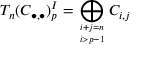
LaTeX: T _ { n } ( C _ { \bullet , \bullet } ) _ { p } ^ { I } = \bigoplus _ { i + j = n \atop i > p - 1 } C _ { i , j }